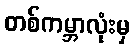
တစ်ကမ္ဘာလုံးမှ